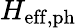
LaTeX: H_{\mathrm{eff,ph}}